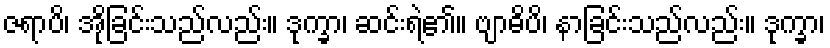
ဇရာပိ၊ အိုခြင်းသည်လည်း။ ဒုက္ခာ၊ ဆင်းရဲ၏။ ဗျာဓိပိ၊ နာခြင်းသည်လည်း။ ဒုက္ခာ၊